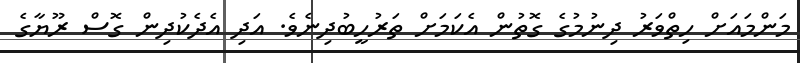
މަންމައަށް ހިތްވަރު ދިނުމުގެ ގޮތުން އެކަމަށް ތަރުހީބުދިނެވެ. އަދި އެދެކުދިން ގޮސް ރޫޔާގެ